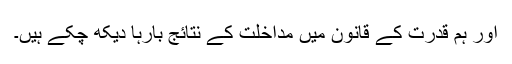
اور ہم قدرت کے قانون میں مداخلت کے نتائج بارہا دیکھ چکے ہیں۔